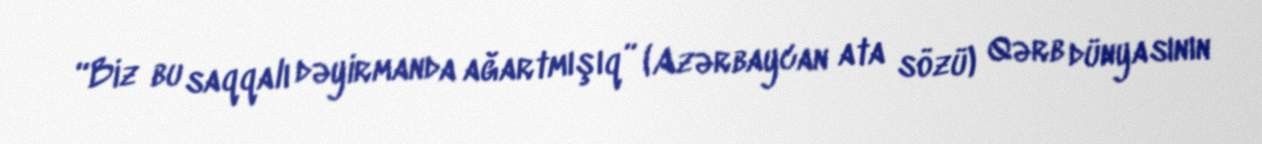
“Biz bu saqqalı dəyirmanda ağartmışıq” (Azərbaycan ata sözü) Qərb dünyasının